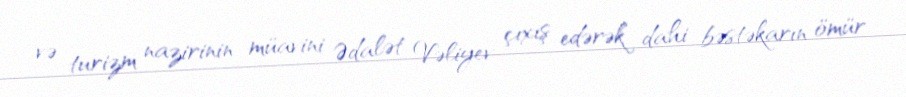
və turizm nazirinin müavini Ədalət Vəliyev çıxış edərək dahi bəstəkarın ömür